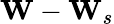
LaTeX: {\mathbf W}-{\mathbf W}_{s}